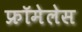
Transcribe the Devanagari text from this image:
फ्रॉमेलेस